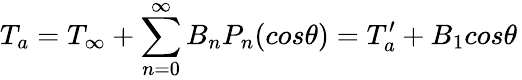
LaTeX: T_{a}=T_{\infty}+\sum_{n=0}^{\infty}B_{n}P_{n}(cos\theta)={T_{a}^{\prime}}+B_{1}cos\theta\,